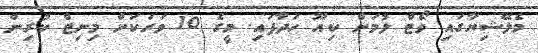
މެލޭޝިޔާގައި ވޯޓް ލުމަށް ކިއޫ ހަދާފައި. މީގެ 10 ވަރަކަށް މިނިޓް ކުރިން